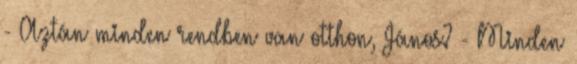
- Aztán minden rendben van otthon, János? - Minden